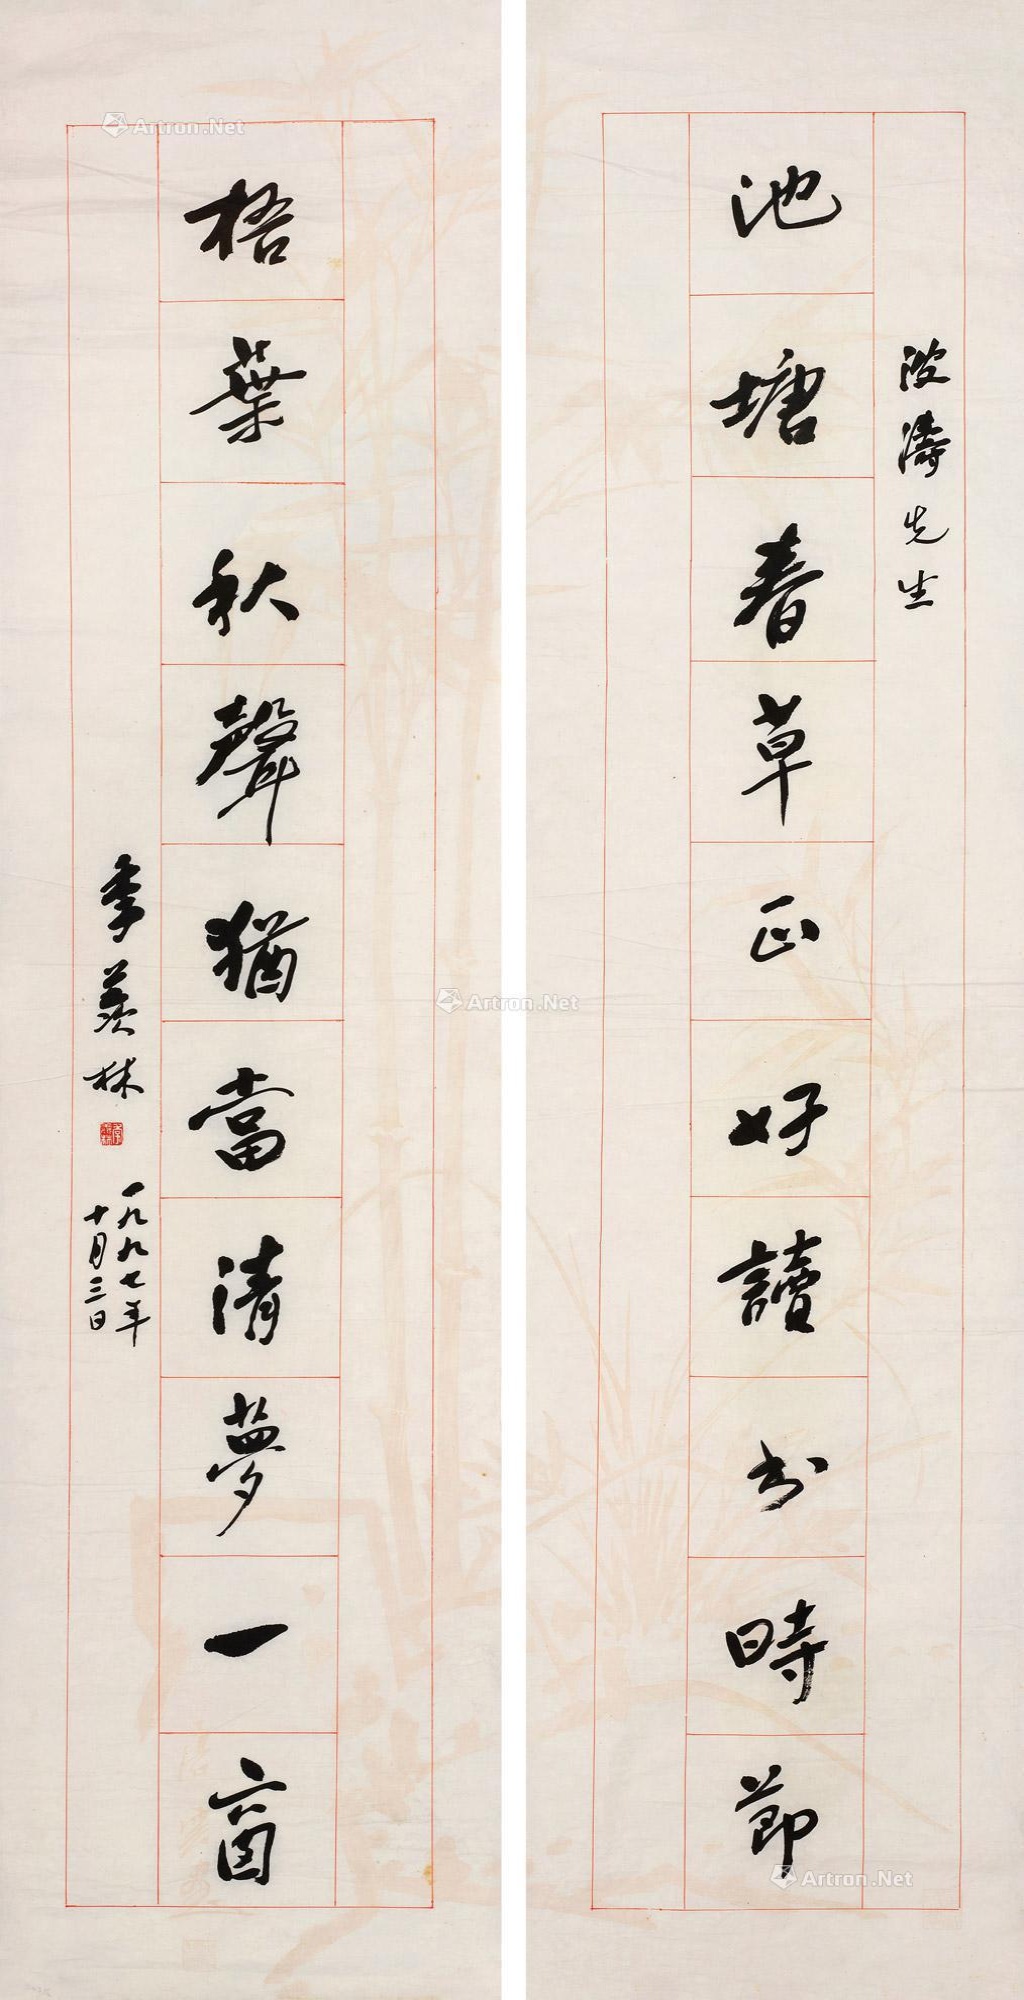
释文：池塘春草正好读书时节，梧叶秋声犹当清梦一窗。波涛先生，季羡林，一九九七年十月三日。